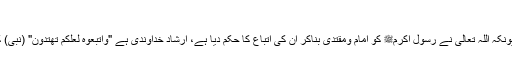
(السنۃ ومکانتھا فی الاسلام:۴۷)
سنت میں افعالِ رسول بھی داخل ہیں؛ کیونکہ اللہ تعالیٰ نے رسول اکرمﷺ کو امام ومقتدیٰ بناکر ان کی اتباع کا حکم دیا ہے، ارشادِ خداوندی ہے "وَاتَّبِعُوهُ لَعَلَّكُمْ تَهْتَدُونَ" (نبی) کا اتباع کرو؛ تاکہ تم راہِ راست پر آجاؤ۔